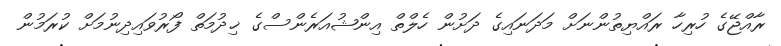
ރާއްޖޭގެ ހުރިހާ ރައްޔިތުންނަށް މަދަނައިގެ ދަށުން ހެލްތް އިންޝުއަރެންސްގެ ޚިދުމަތް ފޯރުވައިދިނުމަށް ކުރަމުން